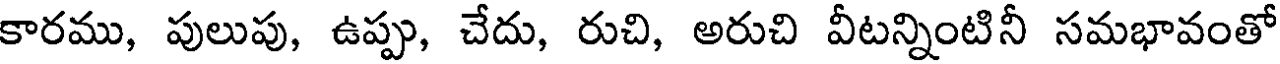
కారము, పులుపు, ఉప్పు, చేదు, రుచి, అరుచి వీటన్నింటినీ సమభావంతో